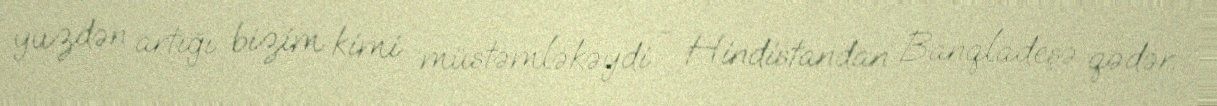
yüzdən artığı bizim kimi müstəmləkəydi - Hindistandan Banqladeşə qədər.